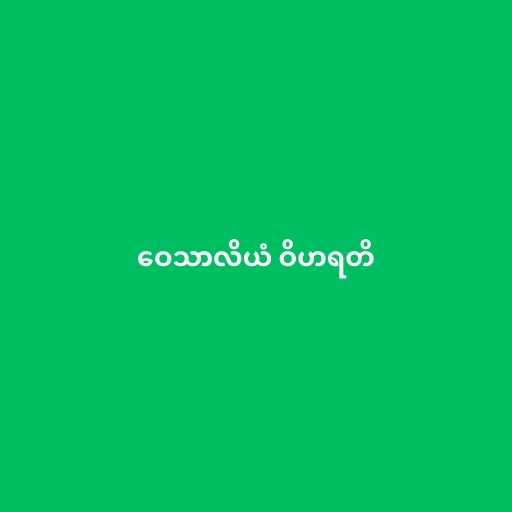
ဝေသာလိယံ ဝိဟရတိ